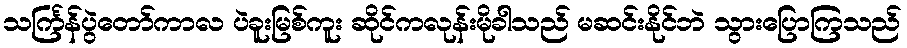
သင်္ကြန်ပွဲတော်ကာလ ပဲခူးမြစ်ကူး ဆိုင်ကလုန်းမိုခါသည် မဆင်းနိုင်ဘဲ သွားပြောကြသည်